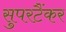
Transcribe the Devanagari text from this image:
सुपरटैंकर